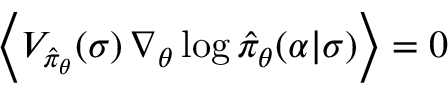
\left\langle V _ { \hat { \pi } _ { \boldsymbol { \theta } } } ( \sigma ) \, \nabla _ { \boldsymbol { \theta } } \log \hat { \pi } _ { \boldsymbol { \theta } } ( \alpha \vert \sigma ) \right\rangle = 0